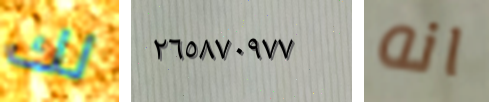
لك ٢٦٥٨٧٠٩٧٧ انه